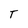
Character: T